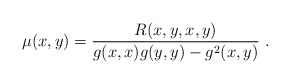
\begin{align*} \mu(x,y)=\frac{R(x, y, x, y)}{g(x, x)g(y, y)-g^{2}(x, y)}\ .\end{align*}